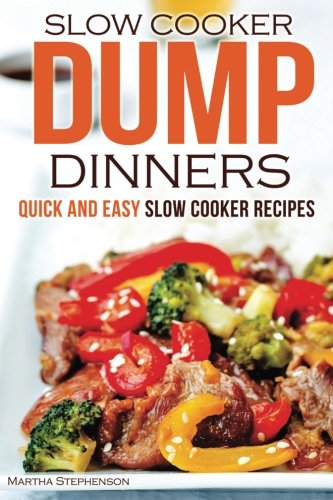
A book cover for Slow Cooker Dump Dinners: Quick and Easy Slow Cooker Recipes; Martha Stephenson; Cookbooks, Food & Wine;